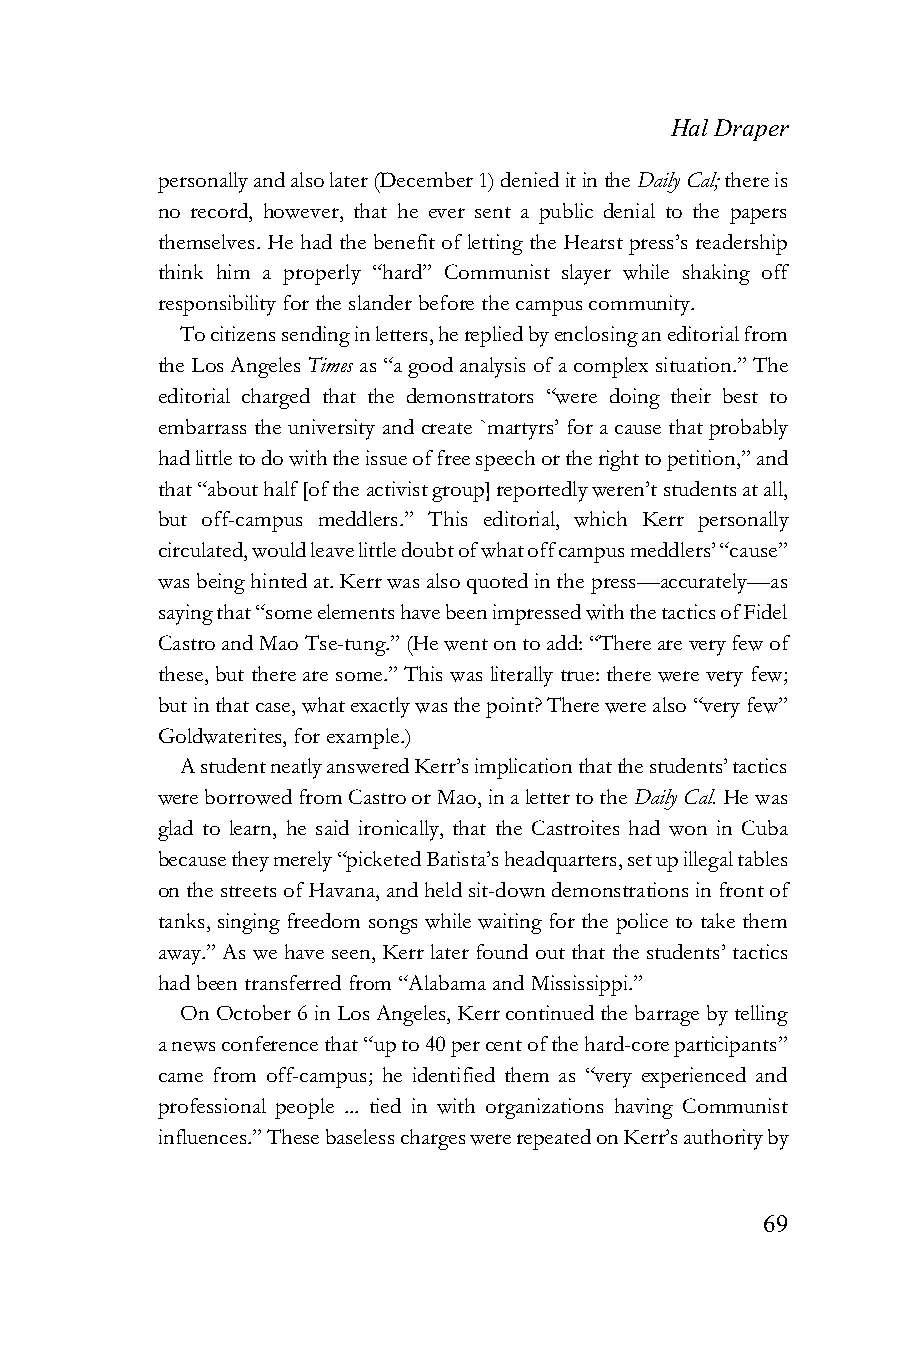
Hal Draper
 personally and also later (December 1) denied it in the Daily Cal; there is
 no record, however, that he ever sent a public denial to the papers
 themselves. He had the benefit of letting the Hearst press’s readership
 think him a properly “hard” Communist slayer while shaking off
 responsibility for the slander before the campus community.
 To citizens sending in letters, he replied by enclosing an editorial from
 the Los Angeles Times as “a good analysis of a complex situation.” The
 editorial charged that the demonstrators “were doing their best to
 embarrass the university and create `martyrs’ for a cause that probably
 had little to do with the issue of free speech or the right to petition,” and
 that “about half [of the activist group] reportedly weren’t students at all,
 but off-campus meddlers.” This editorial, which Kerr personally
 circulated, would leave little doubt of what off campus meddlers’ “cause”
 was being hinted at. Kerr was also quoted in the press—accurately—as
 saying that “some elements have been impressed with the tactics of Fidel
 Castro and Mao Tse-tung.” (He went on to add: “There are very few of
 these, but there are some.” This was literally true: there were very few;
 but in that case, what exactly was the point? There were also “very few”
 Goldwaterites, for example.)
 A student neatly answered Kerr’s implication that the students’ tactics
 were borrowed from Castro or Mao, in a letter to the Daily Cal. He was
 glad to learn, he said ironically, that the Castroites had won in Cuba
 because they merely “picketed Batista’s headquarters, set up illegal tables
 on the streets of Havana, and held sit-down demonstrations in front of
 tanks, singing freedom songs while waiting for the police to take them
 away.” As we have seen, Kerr later found out that the students’ tactics
 had been transferred from “Alabama and Mississippi.”
 On October 6 in Los Angeles, Kerr continued the barrage by telling
 a news conference that “up to 40 per cent of the hard-core participants”
 came from off-campus; he identified them as “very experienced and
 professional people ... tied in with organizations having Communist
 influences.” These baseless charges were repeated on Kerr’s authority by
 69